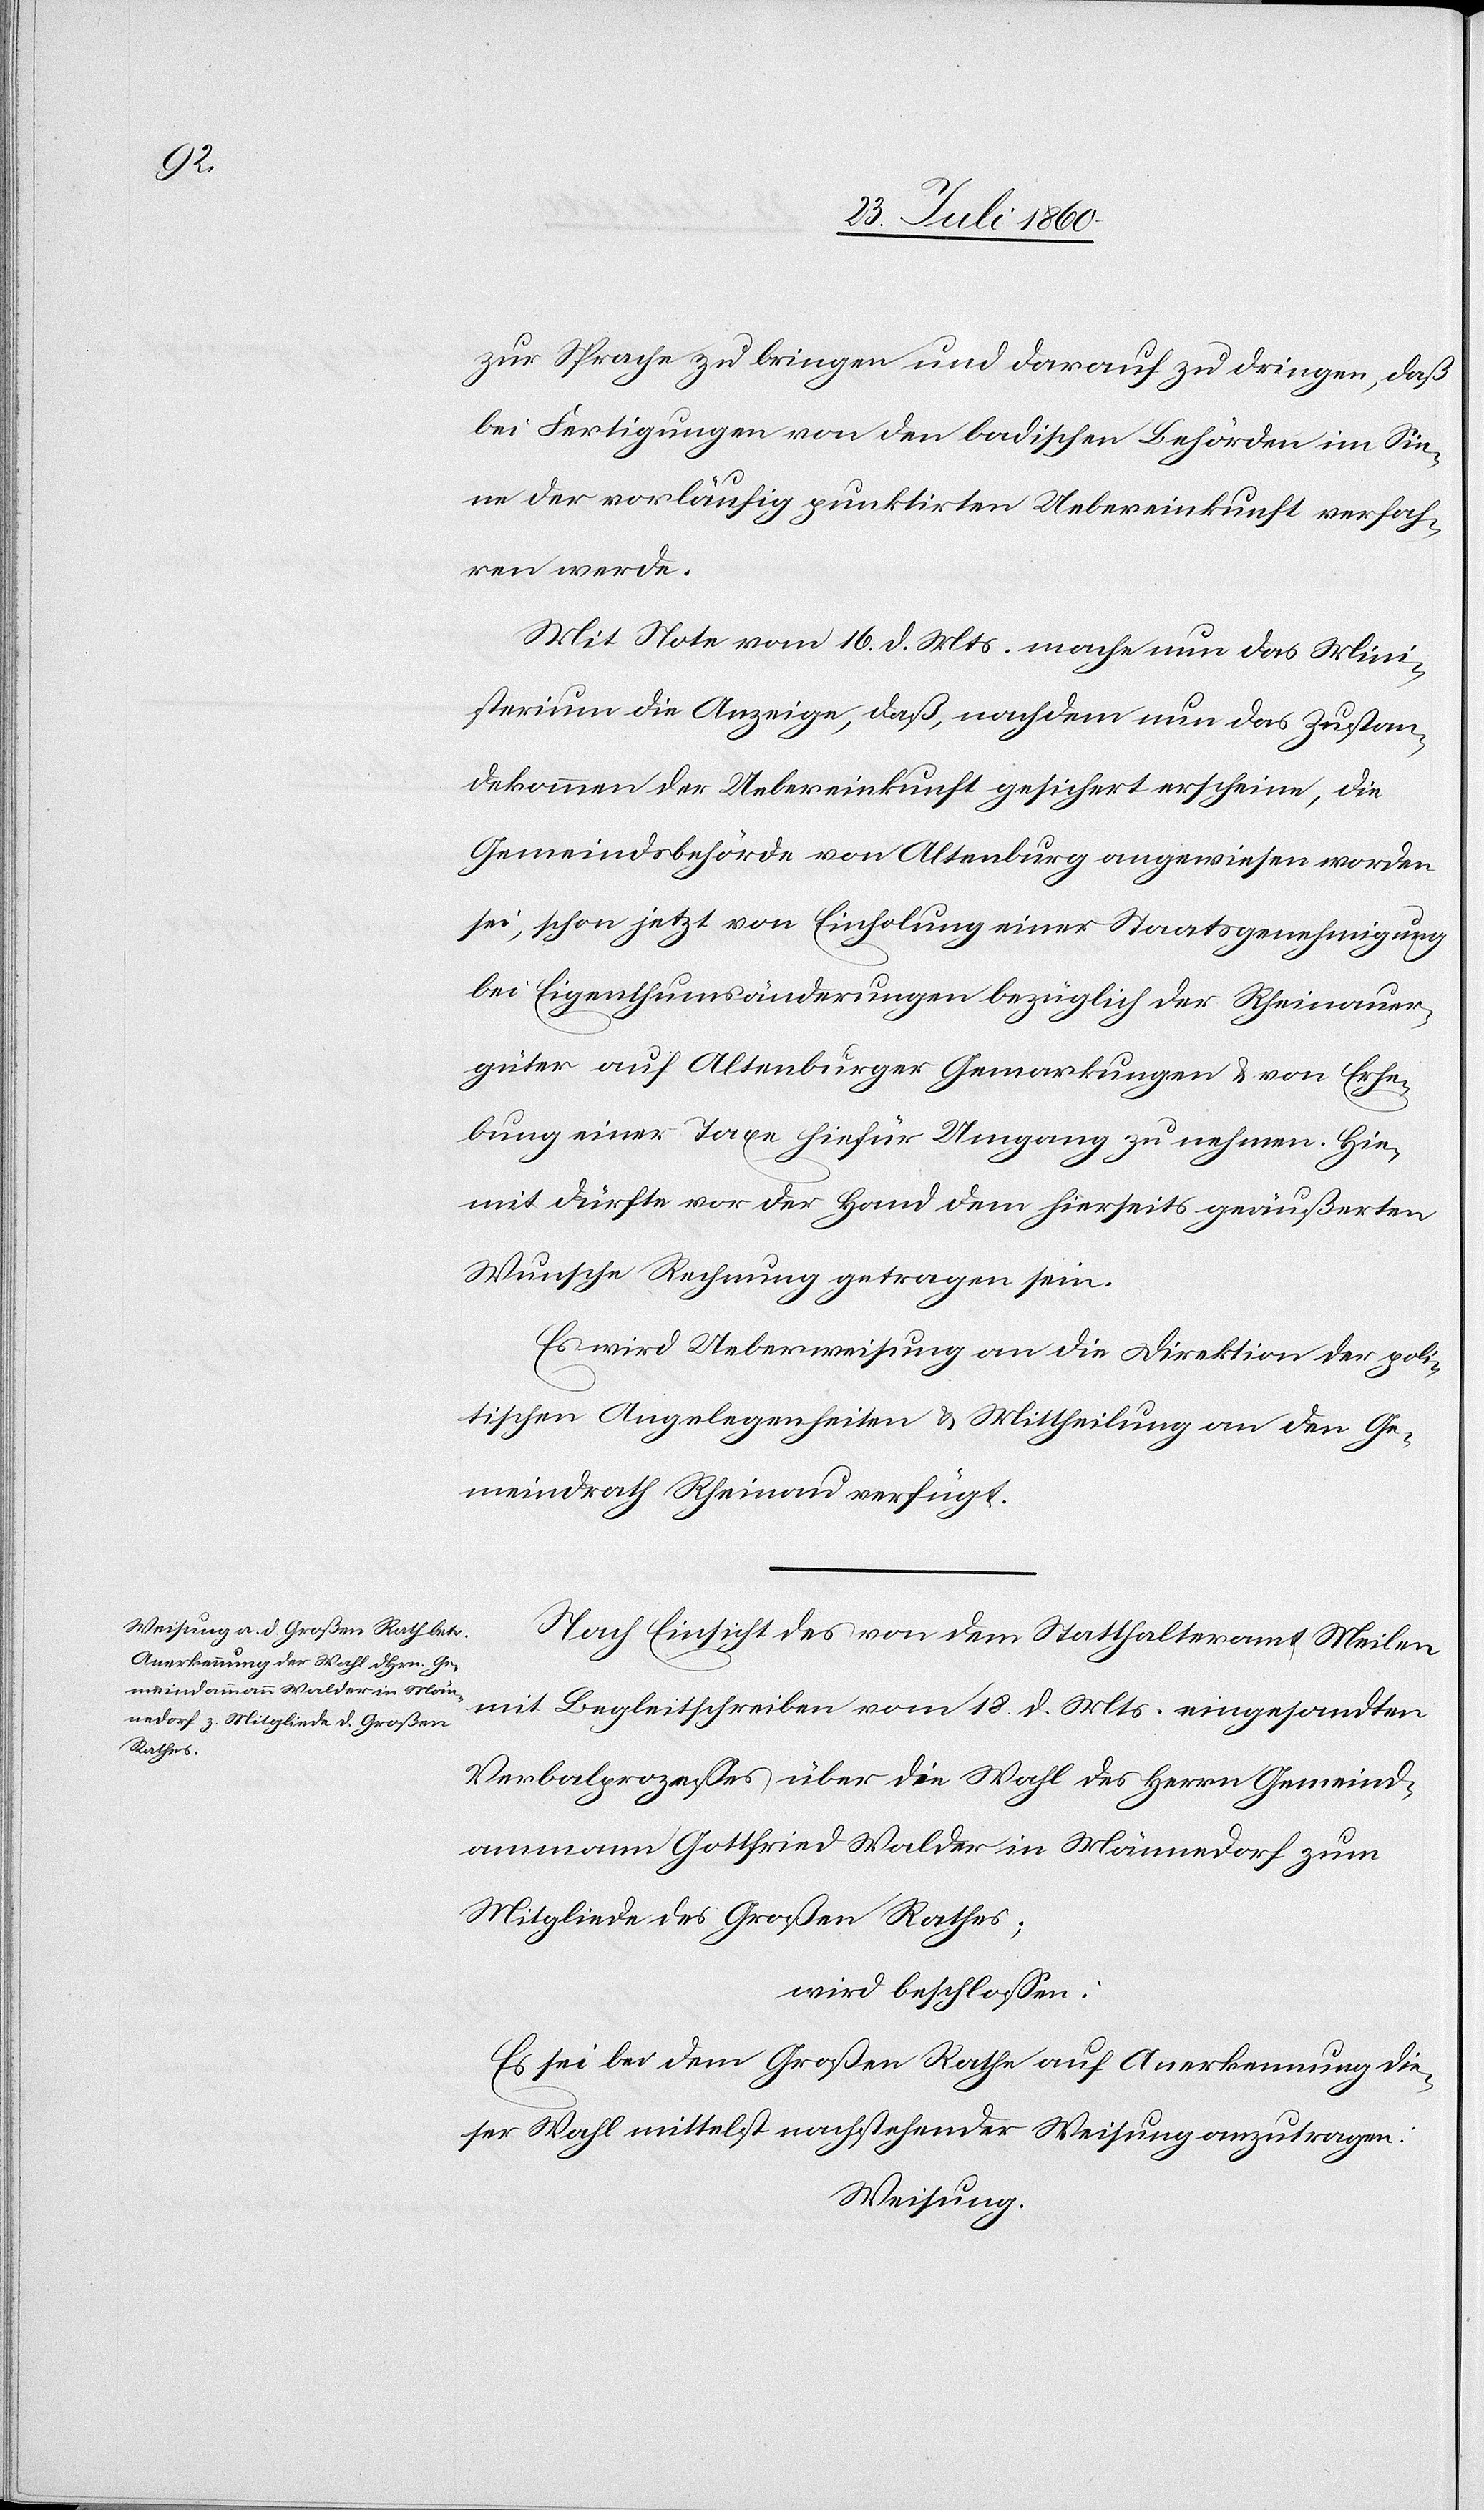
zur Sprache zu bringen und darauf zu dringen, daß
bei Fertigungen von den badischen Behörden im Sin¬
ne der vorläufigen punktirten Uebereinkunft verfah¬
ren werde.
Mit Note vom 16. d. Mts. mache nun das Mini¬
sterium die Anzeige, daß, nachdem nun das Zustan¬
dekommen der Uebereinkunft gesichert erscheine, die
Gemeindsbehörde von Altenburg angewiesen worden
sei, schon jetzt von Einholung einer Staatsgenehmigung
bei Eigenthumsänderungen bezüglich der Rheinauer¬
güter auf Altenburger Gemarkungen & von Erhe¬
bung einer Taxe hiefür Umgang zu nehmen. Hie¬
mit dürfte vor der Hand dem hierseits geäußerten
Wunsche Rechnung getragen sein.
Es wird Ueberweisung an die Direktion der poli¬
tischen Angelegenheiten & Mittheilung an den Ge¬
meindrath Rheinau verfügt.
Nach Einsicht des von dem Statthalteramte Meilen
mit Begleitschreiben vom 18. d. Mts. eingesandten
Verbalprozesses über die Wahl des Herrn Gemeind¬
ammann Gottfried Walder in Männedorf zum
Mitgliede des Grossen Rathes
wird beschlossen:
Es sei bei dem Grossen Rathe auf Anerkennung die¬
ser Wahl mittelst nachstehender Weisung anzutragen:
Weisung: